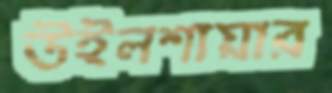
উইলশায়ার